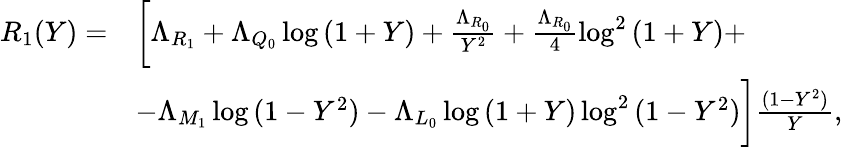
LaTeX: \begin{array}{rl}{R_{1}(Y)=}&{\bigg[\Lambda_{R_{1}}+\Lambda_{Q_{0}}\log{(1+Y)}+\frac{\Lambda_{R_{0}}}{Y^{2}}+\frac{\Lambda_{R_{0}}}{4}\log^{2}{(1+Y)}+}\\ &{-\Lambda_{M_{1}}\log{(1-Y^{2})}-\Lambda_{L_{0}}\log{(1+Y)}\log^{2}{(1-Y^{2})}\bigg]\frac{(1-Y^{2})}{Y},}\end{array}